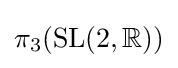
\pi _{3}(\mathrm {SL} (2,\mathbb {R} ))